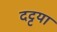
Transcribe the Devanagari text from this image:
दट्टया